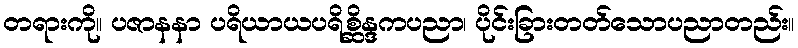
တရားကို။ ပဇာနနာ ပရိယာယပရိစ္ဆိန္ဒကပညာ၊ ပိုင်းခြားတတ်သောပညာတည်း။